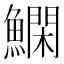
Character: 𬵬